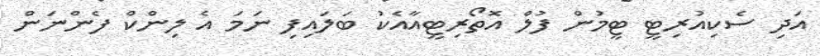
އަދި ސެކިއުރިޓީ ޓީމުން ފުލް އޮތޯރިޓީއާއެކު ބަލައިފި ނަމަ އެ ލިންކް ފެންނަން